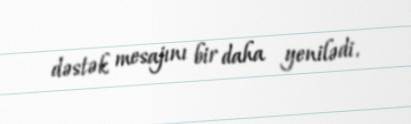
dəstək mesajını bir daha yenilədi.